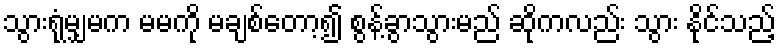
သွားရုံမျှမက မမကို မချစ်တော့၍ စွန့်ခွာသွားမည် ဆိုကလည်း သွား နိုင်သည့်